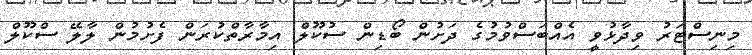
މިނިސްޓަރު ވިދާޅުވީ އެއްބަސްވުމުގެ ދަށުން ބޯޑިން ސުކޫލް އިމާރާތްކުރަން ފެށުމުން ލާލޭ ސްކޫލް